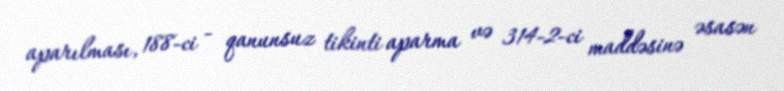
aparılması, 188-ci - qanunsuz tikinti aparma və 314-2-ci maddəsinə əsasən